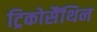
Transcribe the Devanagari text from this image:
ट्रिकोसैंथिन